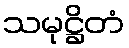
သမုဋ္ဌိတံ